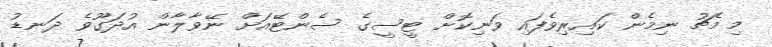
މި މެޗު ނިމެން ކައިރިވެފައި ވަނިކޮށް ޓީސީގެ ސެންޓޭއަށް ނޭވާލާން އުދަގޫވެ ދަނޑު